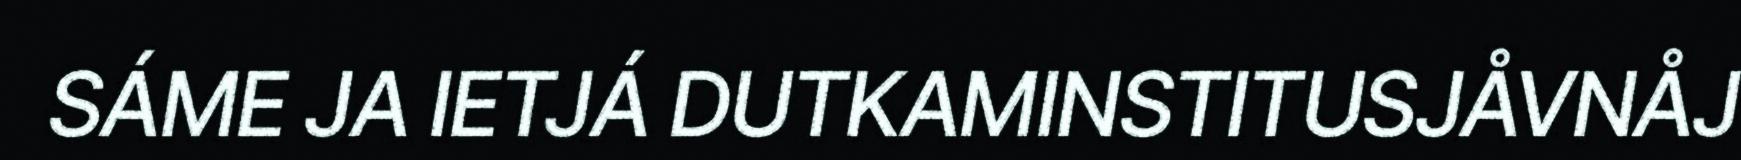
SÁME JA IETJÁ DUTKAMINSTITUSJÅVNÅJ